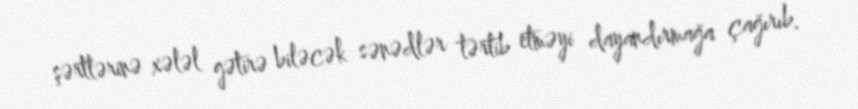
şərtlərinə xələl gətirə biləcək sənədlər tərtib etməyi dayandırmağa çağırıb.